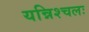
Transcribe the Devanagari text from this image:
यन्निश्चलः